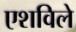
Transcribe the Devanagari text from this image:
एशविले